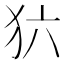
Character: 𰡁